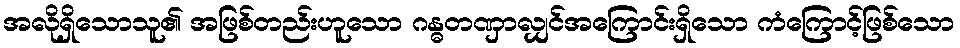
အလိုရှိသောသူ၏ အဖြစ်တည်းဟူသော ဂန္ဓတဏှာလျှင်အကြောင်းရှိသော ကံကြောင့်ဖြစ်သော